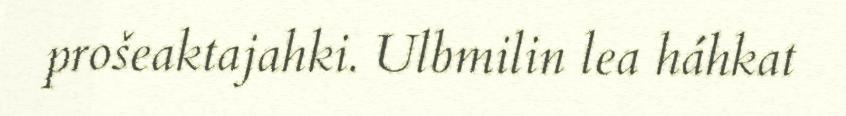
prošeaktajahki. Ulbmilin lea háhkat